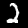
Digit: 2